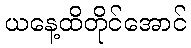
ယနေ့ထိတိုင်အောင်